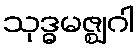
သုဒ္ဓမဇ္ဈဂါ